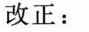
改正：